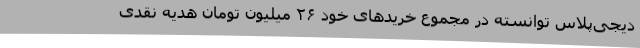
دیجی‌پلاس توانسته در مجموع خریدهای خود ۲۶ میلیون تومان هدیه نقدی